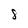
Character: S